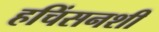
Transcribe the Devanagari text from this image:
हचिंसनशी